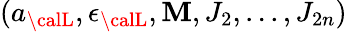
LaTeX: (a_{\calL},\epsilon_{\calL},\mathbf{M},J_{2},...,J_{2n})